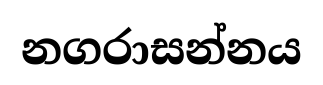
නගරාසන්නය